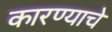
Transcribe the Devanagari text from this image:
कारण्याचे